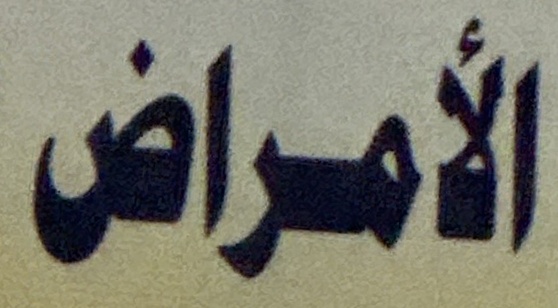
الأمراض